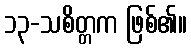
၁၃-သစိတ္တက ဖြစ်၏။